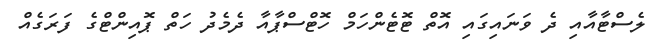
ލެސްޓާއާއި ދެ ވަނައިގައި އޮތް ޓޮޓެންހަމް ހޮޓްސްޕާއާ ދެމެދު ހަތް ޕޮއިންޓްގެ ފަރަގެއް